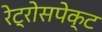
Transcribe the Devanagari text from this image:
रेट्रोसपेक्ट